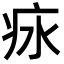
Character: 㽷